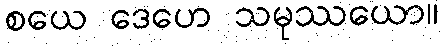
စယေ ဒေဟေ သမုဿယော။